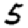
Digit: 5